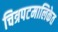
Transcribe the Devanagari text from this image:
चित्रपटमालिकेत